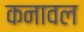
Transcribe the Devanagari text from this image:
कनावल